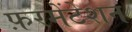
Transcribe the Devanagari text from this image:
फ़रमेंटेशन